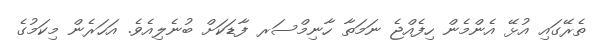
ތެރޭގައި އުޅޭ އެންމެން ހިފެއްޖެ ނަމަތާ ހާނިމްސަރ ފާޑަކަށް ބުނެލިއެވެ. އަހަރެން މިކަމުގެ